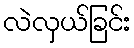
လဲလှယ်ခြင်း